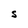
Character: S